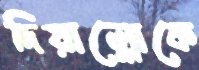
দিয়াল্লোকে